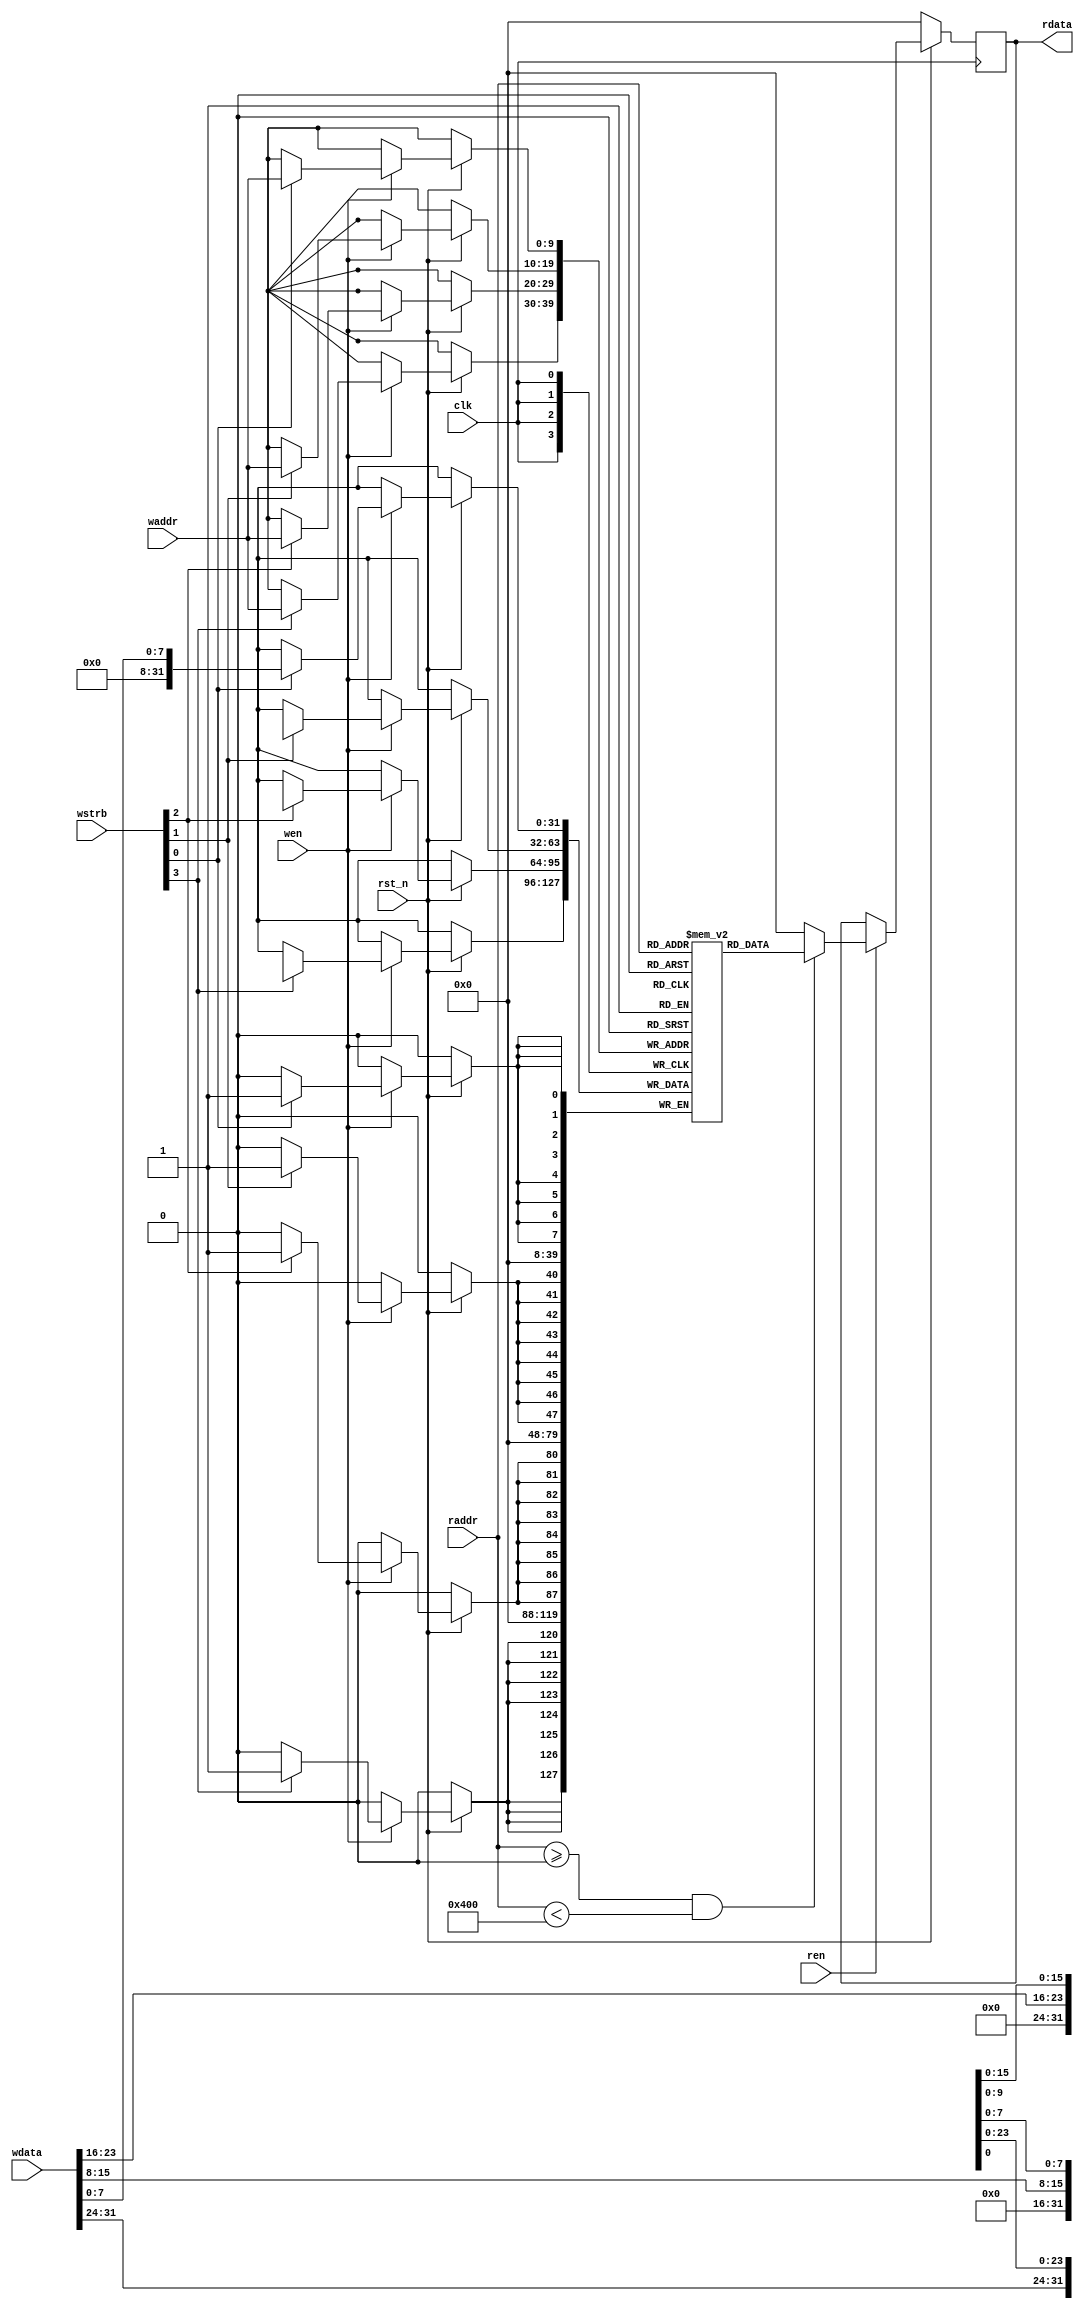
`timescale 1 ns / 1 ps

module axi_lite_v1_0_mem_wrap #(
		// Width of S_AXI data bus
		parameter integer C_S_AXI_DATA_WIDTH = 32,
			// Width of S_AXI address bus index by word
		parameter integer OPT_MEM_ADDR_BITS = 10 
	)
	(
		input wire clk,
		input wire rst_n,

		input wire [(C_S_AXI_DATA_WIDTH / 8) - 1 : 0] wstrb,
		input wire wen,
		input wire [OPT_MEM_ADDR_BITS - 1 : 0] waddr,
		input wire [C_S_AXI_DATA_WIDTH - 1 : 0] wdata,

		input wire ren,
		input wire [OPT_MEM_ADDR_BITS - 1 : 0] raddr,
		output reg [C_S_AXI_DATA_WIDTH - 1 : 0] rdata = 0
	);

	localparam integer MEMSIZE = (1 << OPT_MEM_ADDR_BITS);
	reg [C_S_AXI_DATA_WIDTH - 1 : 0] data[0 : MEMSIZE - 1];

	integer byte_index;
	always @(posedge clk) begin
		if (rst_n == 1'b0) begin
		end 
		else begin
			if (wen == 1) begin
				for(byte_index = 0; byte_index < (C_S_AXI_DATA_WIDTH / 8); byte_index = byte_index + 1) begin
					if(wstrb[byte_index] == 1) begin
						data[waddr][(byte_index * 8) +: 8] <= wdata[(byte_index * 8) +: 8];
					end
				end
			end
			else begin
			end
		end
	end


	// Output register or memory read data
	always @(posedge clk) begin
		if (rst_n == 1'b0) begin
			rdata <= 0;
		end
		else begin
			if (ren == 1) begin
				if((raddr >= 0) && (raddr < MEMSIZE)) begin
					rdata <= data[raddr];
				end
				else begin
					rdata <= 0;
				end
			end
			else begin
			end
		end
	end
endmodule